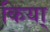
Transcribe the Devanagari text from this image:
किया्